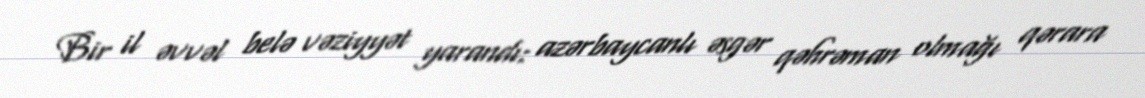
Bir il əvvəl belə vəziyyət yarandı: azərbaycanlı əsgər qəhrəman olmağı qərara